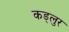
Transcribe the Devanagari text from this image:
कड्लुर